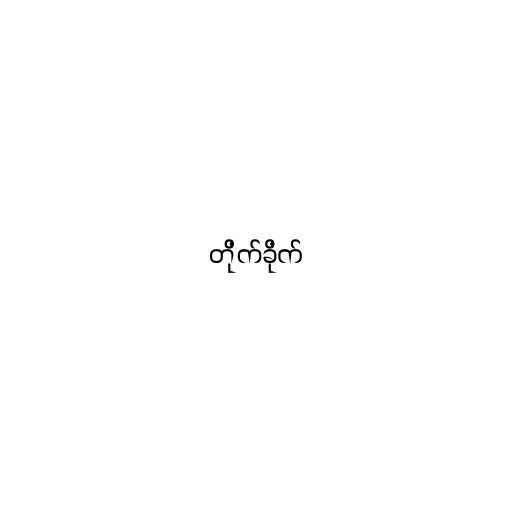
တိုက်ခိုက်